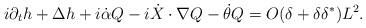
LaTeX: \begin{align*}i \partial_t h + \Delta h + i \dot{\alpha} Q - i \dot{X} \cdot \nabla Q - \dot{\theta} Q = O(\delta+ \delta \delta^*) L^2.\end{align*}